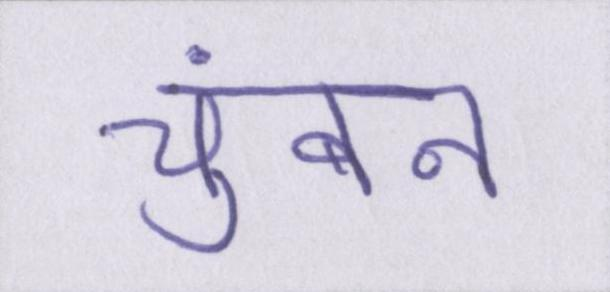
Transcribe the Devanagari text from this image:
चुंबन